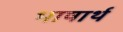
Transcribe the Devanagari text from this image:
भाषार्थ